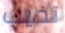
تخيب